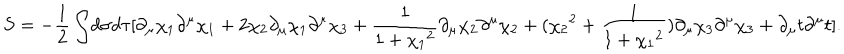
S = - \frac { 1 } { 2 } \int \! d \sigma d \tau [ \partial _ { \mu } \chi _ { 1 } \partial ^ { \mu } \chi _ { 1 } + 2 \chi _ { 2 } \partial _ { \mu } \chi _ { 1 } \partial ^ { \mu } \chi _ { 3 } + \frac { 1 } { 1 + { \chi _ { 1 } } ^ { 2 } } \partial _ { \mu } \chi _ { 2 } \partial ^ { \mu } \chi _ { 2 } + ( { \chi _ { 2 } } ^ { 2 } + \frac { 1 } { 1 + { \chi _ { 1 } } ^ { 2 } } ) \partial _ { \mu } \chi _ { 3 } \partial ^ { \mu } \chi _ { 3 } + \partial _ { \mu } t \partial ^ { \mu } t ] .